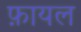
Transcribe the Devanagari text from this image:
फ़ायल